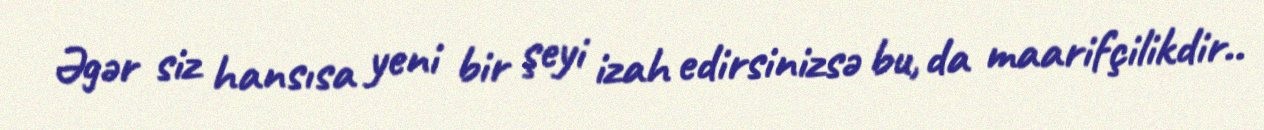
Əgər siz hansısa yeni bir şeyi izah edirsinizsə bu, da maarifçilikdir..